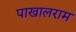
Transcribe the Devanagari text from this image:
पाखालराम